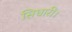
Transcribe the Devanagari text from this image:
सिधारीं।